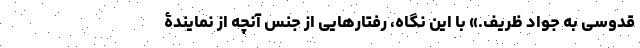
قدوسی به جواد ظریف.» با این نگاه، رفتارهایی از جنس آنچه از نمایندۀ